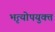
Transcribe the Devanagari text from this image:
भृत्योपयुक्त